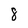
Character: 8